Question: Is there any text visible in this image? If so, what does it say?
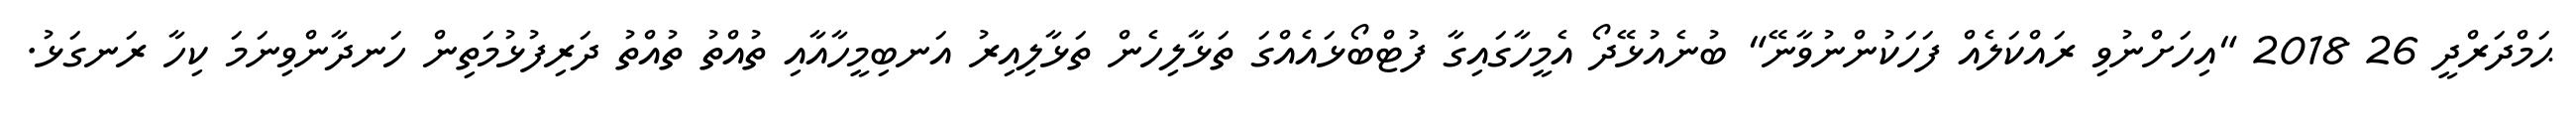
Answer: ޙަމްދަރްދީ 26 2018 "އިހަށްނުވި ރައްކަލެއް ފަހަކުންނުވާނޭ" ބުނެއުޅޭދޯ އެމީހާގައިގާ ފުޓްބޯޅައެއްގަ ތަޅާލިހެން ތަޅާލިއިރު އަނބިމީހާއާއި ތުއްތު ތުއްތު ދަރިފުޅުމަތިން ހަނދާންވިނަމަ ކިހާ ރަނގަޅު.